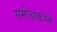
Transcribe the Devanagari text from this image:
समीक्षकोने